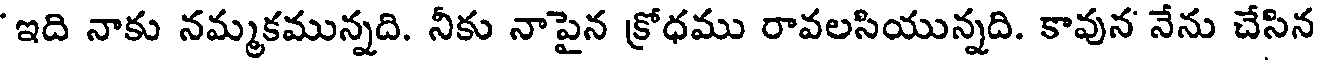
'ఇది నాకు నమ్మకమున్నది. నీకు నాపైన క్రోధము రావలసియున్నది. కావున నేను చేసిన